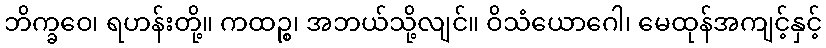
ဘိက္ခဝေ၊ ရဟန်းတို့။ ကထဉ္စ၊ အဘယ်သို့လျင်။ ဝိသံယောဂေါ၊ မေထုန်အကျင့်နှင့်